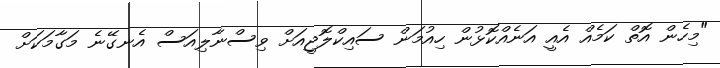
"މިހެން އޮތް ކަމެއް އެއީ އަނެއްކޮޅުން ހިއުމަން ސައިކްލޮޖީއަށް ވިސްނާލިއަސް އެނގޭނެ މަގާމަކަށް